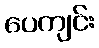
ပေကျင်း